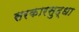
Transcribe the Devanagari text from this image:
सरकारसुद्धा